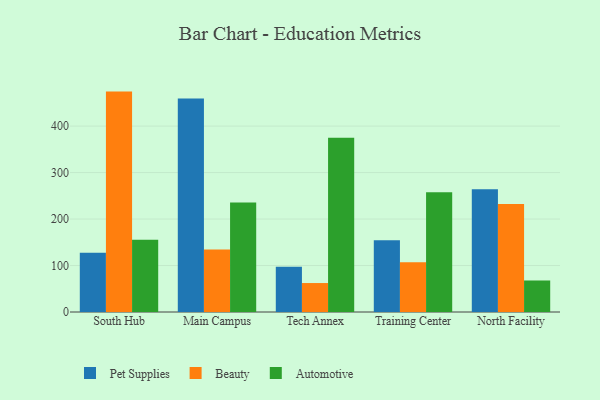
{"axis": {"x": "Campus", "y": "Page Views"}, "legend": ["Automotive", "Beauty", "Pet Supplies"], "data": [{"x": "South Hub", "y": 127.6, "type": "Pet Supplies"}, {"x": "South Hub", "y": 474.2, "type": "Beauty"}, {"x": "South Hub", "y": 155.2, "type": "Automotive"}, {"x": "Main Campus", "y": 459.4, "type": "Pet Supplies"}, {"x": "Main Campus", "y": 134.5, "type": "Beauty"}, {"x": "Main Campus", "y": 235.5, "type": "Automotive"}, {"x": "Tech Annex", "y": 97.6, "type": "Pet Supplies"}, {"x": "Tech Annex", "y": 62.3, "type": "Beauty"}, {"x": "Tech Annex", "y": 374.9, "type": "Automotive"}, {"x": "Training Center", "y": 154.2, "type": "Pet Supplies"}, {"x": "Training Center", "y": 107.2, "type": "Beauty"}, {"x": "Training Center", "y": 257.9, "type": "Automotive"}, {"x": "North Facility", "y": 263.9, "type": "Pet Supplies"}, {"x": "North Facility", "y": 232.4, "type": "Beauty"}, {"x": "North Facility", "y": 67.8, "type": "Automotive"}]}